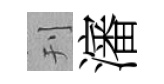
刊瀋